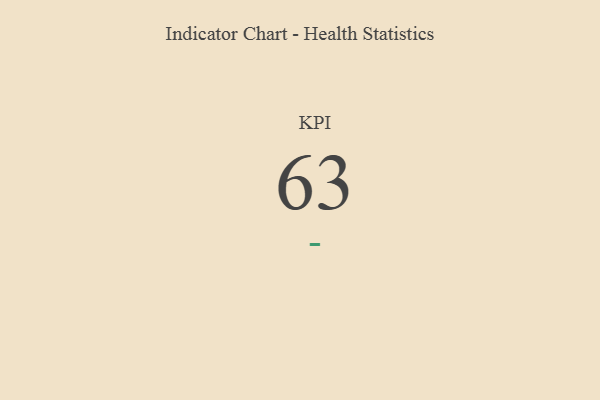
{"axis": {"x": "KPI", "y": "Value"}, "legend": [""], "data": [{"x": "KPI", "y": 63, "type": ""}]}